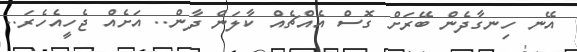
އޭނ ހިނގާދެން ބޭރަށް ގޮސް އެއްޗެއް ކާލަން ދާން.. އަށެއް ޖެހީއެހެރަ..